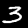
Digit: 3